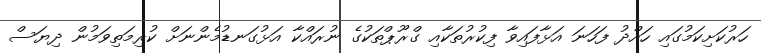
ހަރުކަށިކަމުގައި ހައްދު ފަހަނަ އަޅާފައިވާ ފިކުރުތަކާއި ގްރޫޕްތަކުގެ ނުރައްކާ އަޅުގަނޑުމެންނަށް ކުރިމަތިވަމުން ދިޔަސް